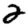
Digit: 2